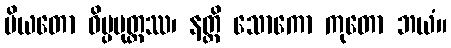
ပိယတော ဝိပ္ပမုတ္တဿ၊ နတ္ထိ သောကော ကုတော ဘယံ။